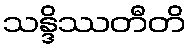
သန္ဒိဿတီတိ